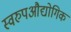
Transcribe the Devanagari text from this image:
स्वरुपऔद्योगिक